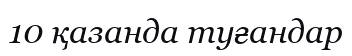
10 қазанда туғандар